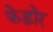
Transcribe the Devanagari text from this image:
फेडोर